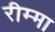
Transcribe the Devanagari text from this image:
रीम्मा